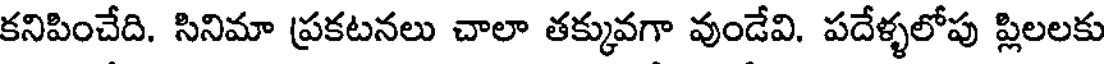
కనిపించేది. సినిమా ప్రకటనలు చాలా తక్కువగా వుండేవి. పదేళ్ళలోపు ప్లిలలకు